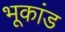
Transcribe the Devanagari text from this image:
भूकांड